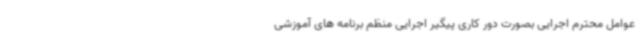
عوامل محترم اجرایی بصورت دور کاری پیگیر اجرایی منظم برنامه های آموزشی